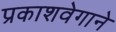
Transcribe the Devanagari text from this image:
प्रकाशवेगाने